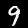
Digit: 9